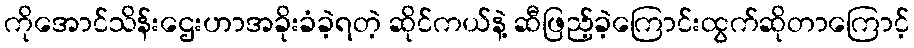
ကိုအောင်သိန်းဌေးဟာအခိုးခံခဲ့ရတဲ့ ဆိုင်ကယ်နဲ့ ဆီဖြည့်ခဲ့ကြောင်းထွက်ဆိုတာကြောင့်